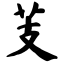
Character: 芰